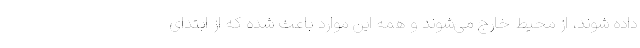
داده شوند، از محیط خارج می‌شوند و همه این موارد باعث شده که از ابتدای